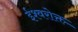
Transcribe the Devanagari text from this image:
ईश्वरोक्त